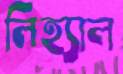
লিহ্যাল